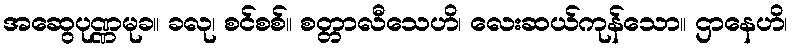
အဆွေပုဏ္ဏမုခ။ ခလု၊ စင်စစ်။ စတ္တာလီသေဟိ၊ လေးဆယ်ကုန်သော။ ဌာနေဟိ၊